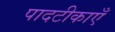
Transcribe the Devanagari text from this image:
पादटीकाएँ